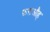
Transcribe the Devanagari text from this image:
फराऔह